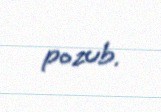
pozub.